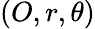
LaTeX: (O,r,\theta)